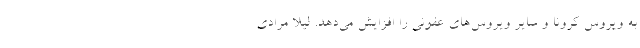
به ویروس کرونا و سایر ویروس‌های عفونی را افزایش می‌دهد. لیلا مرادی